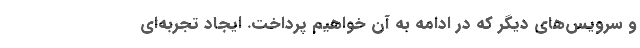
و سرویس‌های دیگر که در ادامه به آن خواهیم پرداخت. ایجاد تجربه‌ای